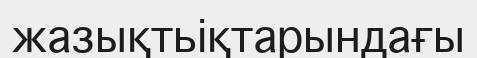
жазықтьіқтарындағы